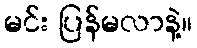
မင်း ပြန်မလာနဲ့။